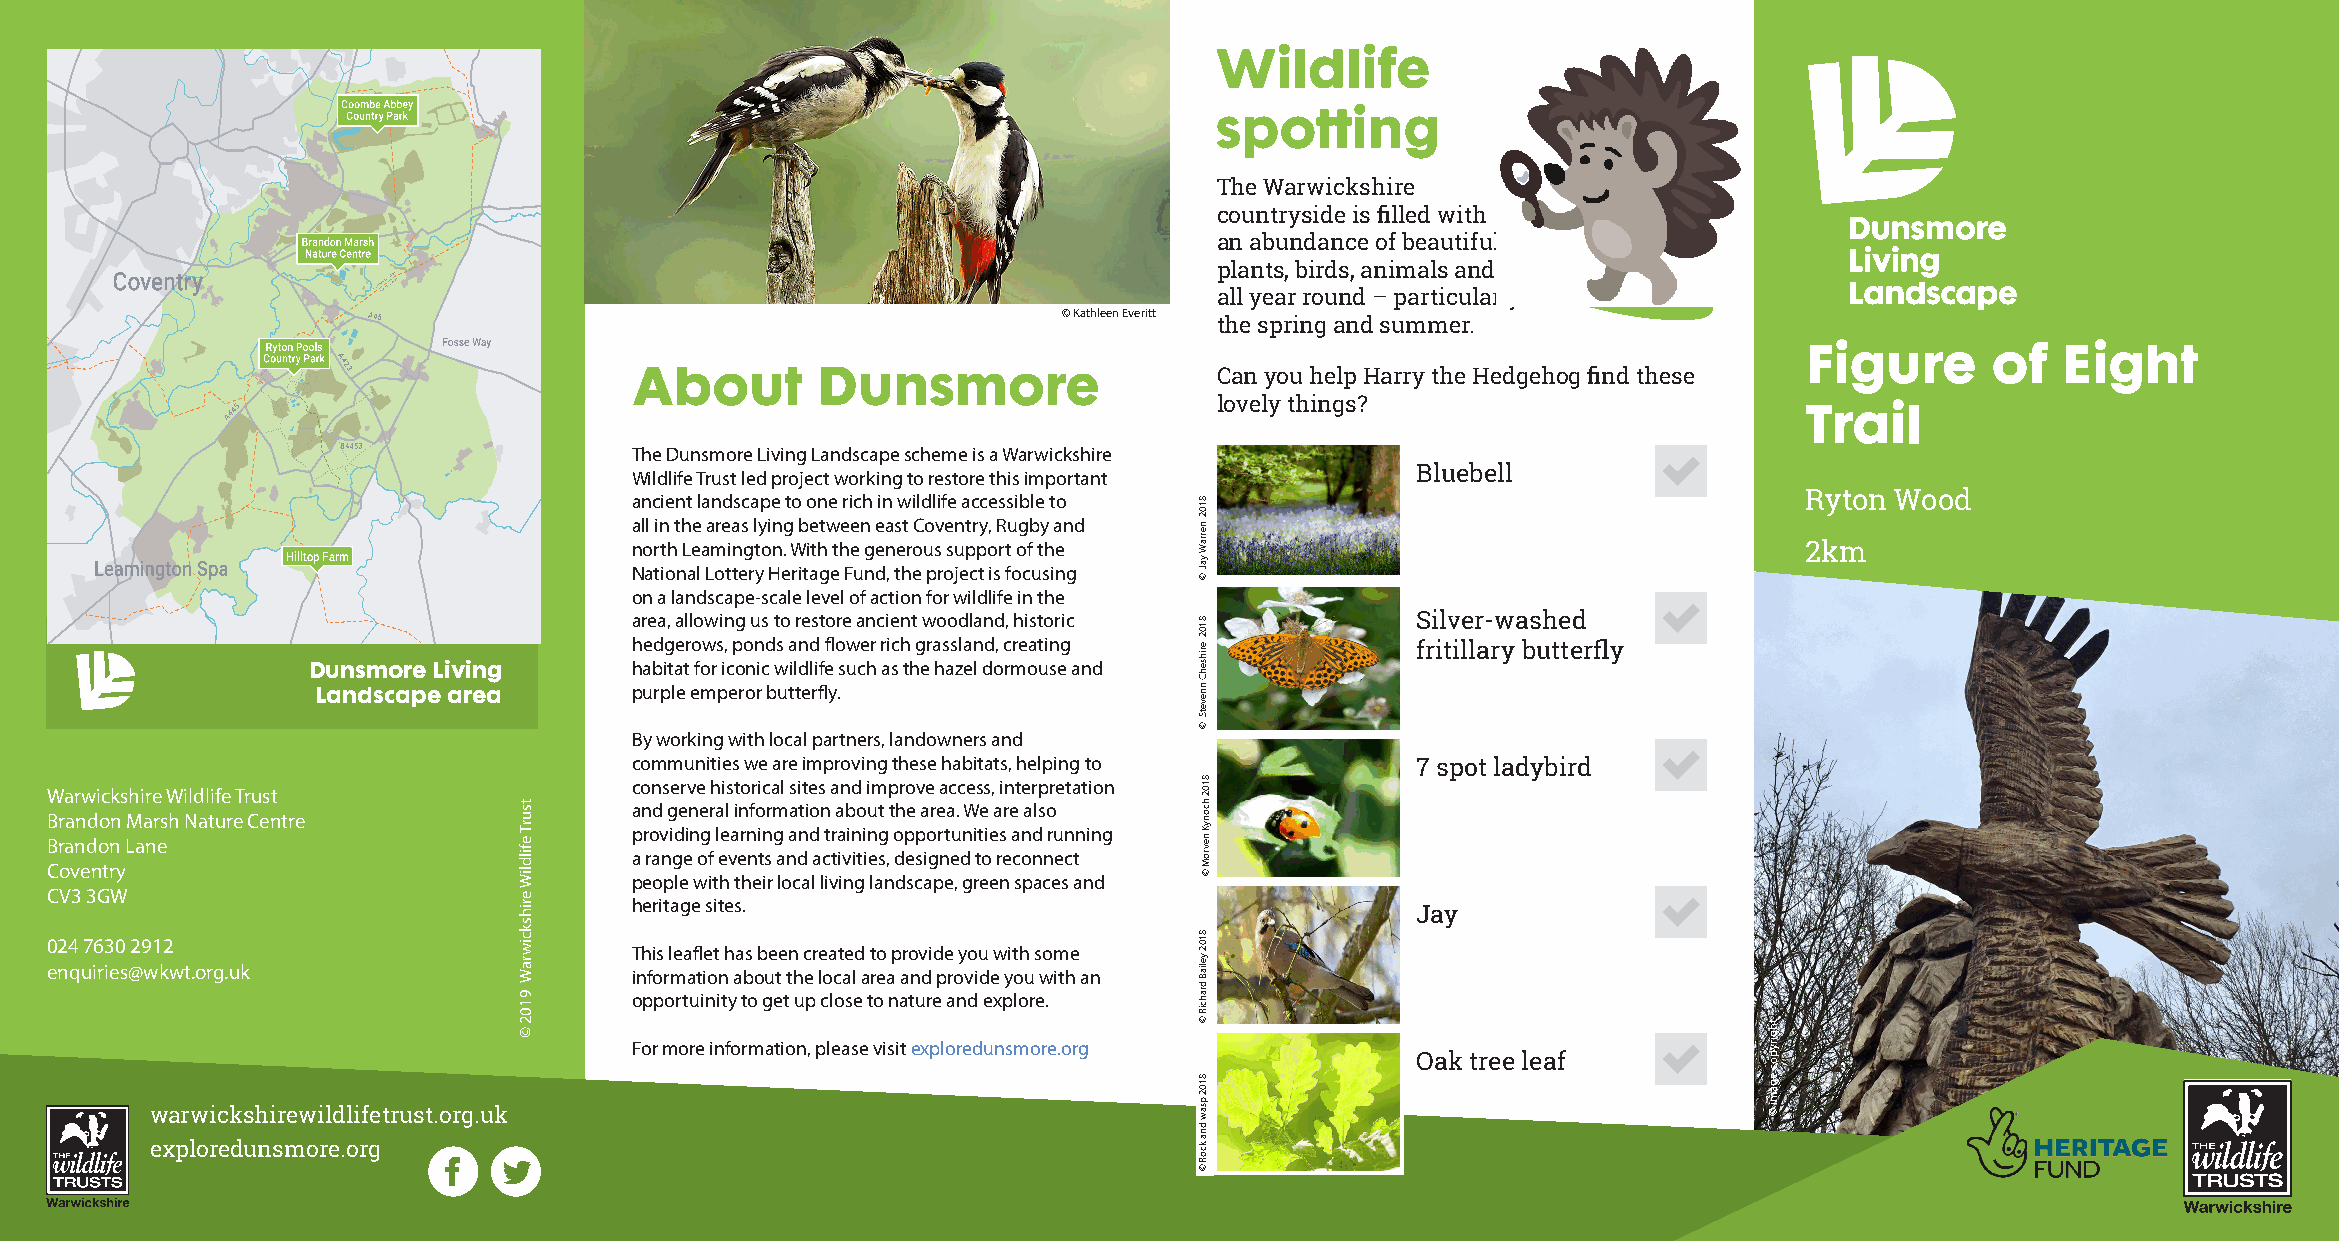
Wildlife
 spotting
 The Warwickshire
 countryside is filled with
 an abundance of beautiful
 plants, birds, animals and bugs
 all year round – particularly in
 © Kathleen Everitt
 the spring and summer.
 Figure      of  Eight
 About       Dunsmore                   Can you help Harry the Hedgehog find these
 lovely things?
 Trail
 The Dunsmore Living Landscape scheme is a Warwickshire
 Wildlife Trust led project working to restore this important Bluebell
 ancient landscape to one rich in wildlife accessible to                       Ryton Wood
 all in the areas lying between east Coventry, Rugby and
 north Leamington. With the generous support of the                            2km
 Hilltop Farm
 National Lottery Heritage Fund, the project is focusing
 on a landscape-scale level of action for wildlife in the
 area, allowing us to restore ancient woodland, historic Silver-washed
 hedgerows, ponds and flower rich grassland, creating fritillary butterfly
 Dunsmore Living       habitat for iconic wildlife such as the hazel dormouse and
 Landscape area       purple emperor butterfly.
 By working with local partners, landowners and
 communities we are improving these habitats, helping to 7 spot ladybird
 conserve historical sites and improve access, interpretation
 Warwickshire Wildlife Trust
 and general information about the area. We are also
 Brandon Marsh Nature Centre
 providing learning and training opportunities and running
 Brandon Lane
 a range of events and activities, designed to reconnect
 Coventry                               people with their local living landscape, green spaces and
 CV3 3GW
 heritage sites.
 Jay
 024 7630 2912
 This leaflet has been created to provide you with some
 enquiries@wkwt.org.uk                  information about the local area and provide you with an
 opportuinity to get up close to nature and explore.
 For more information, please visit exploredunsmore.org
 Oak tree leaf
 warwickshirewildlifetrust.org.uk
 exploredunsmore.org
 tsurT
 efildliW
 erihskciwraW
 9102
 ©
 8102
 nerraW
 yaJ
 ©
 8102
 erihsehC
 nnevetS
 ©
 8102
 hconyK
 nevroM
 ©
 8102
 yeliaB
 drahciR
 ©
 8102
 psaw
 dna
 kcoR
 ©
 thgirypoc
 egami
 ©